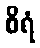
စိရံ